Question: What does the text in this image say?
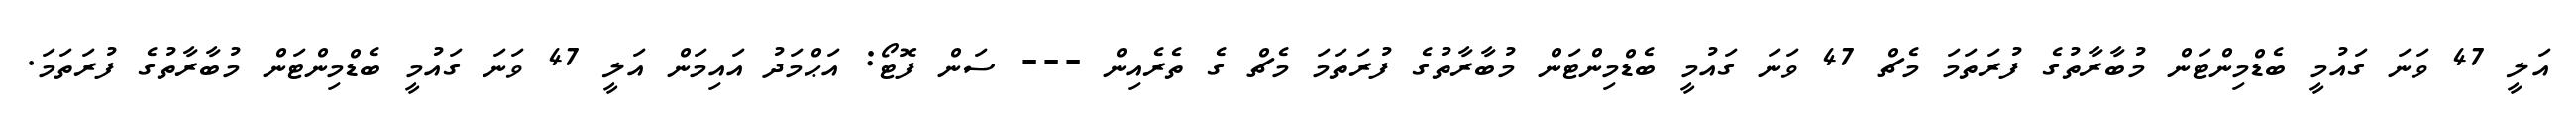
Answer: އަލީ 47 ވަނަ ގައުމީ ބެޑްމިންޓަން މުބާރާތުގެ ފުރަތަމަ މެޗް 47 ވަނަ ގައުމީ ބެޑްމިންޓަން މުބާރާތުގެ ފުރަތަމަ މެޗް ގެ ތެރެއިން --- ސަން ފޮޓޯ: އަޙްމަދު އައިމަން އަލީ 47 ވަނަ ގައުމީ ބެޑްމިންޓަން މުބާރާތުގެ ފުރަތަމަ.